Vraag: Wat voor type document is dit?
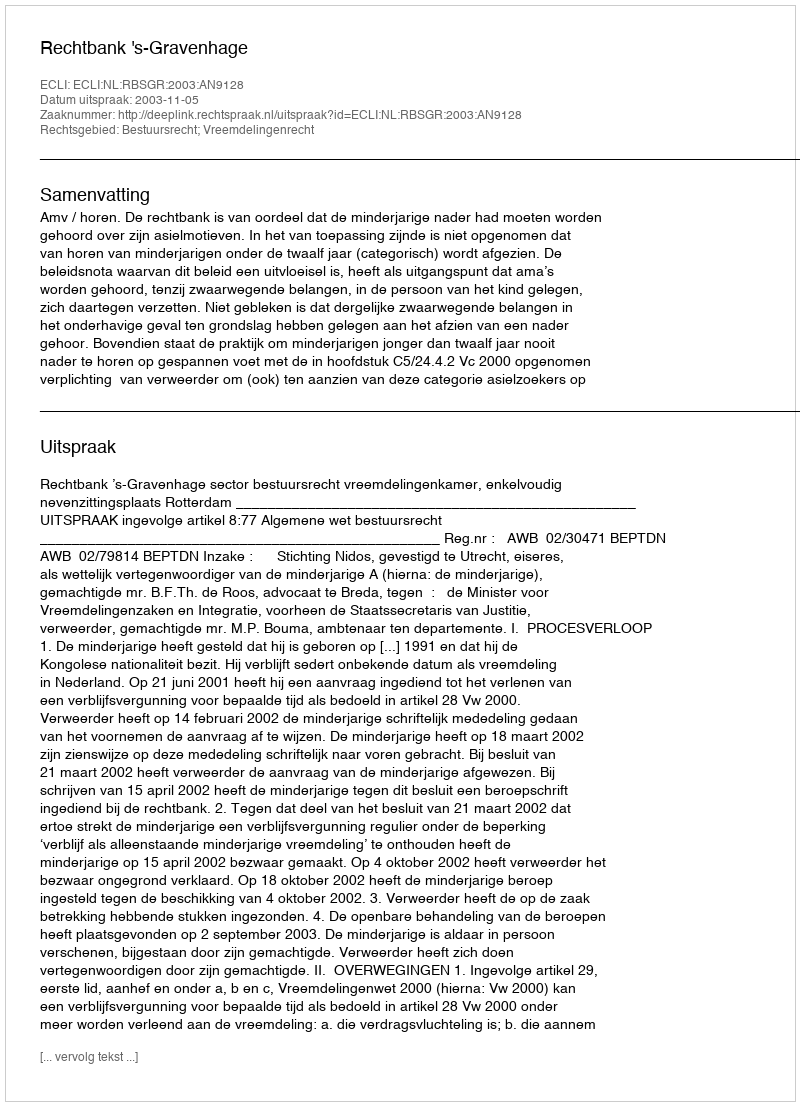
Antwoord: Uitspraak